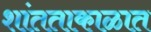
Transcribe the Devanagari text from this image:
शांतताकाळात